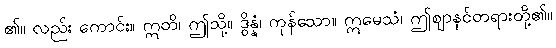
၏။ လည်း ကောင်း။ ဣတိ၊ ဤသို့။ ဒွိန္နံ၊ ကုန်သော။ ဣမေသံ၊ ဤဈာနင်တရားတို့၏။